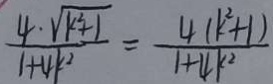
\frac { 4 \cdot \sqrt { k ^ { 2 } + 1 } } { 1 + 4 k ^ { 2 } } = \frac { 4 ( k ^ { 2 } + 1 ) } { 1 + 4 k ^ { 2 } }